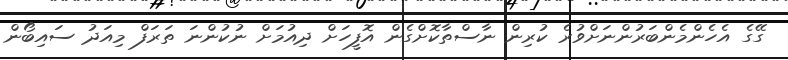
ގޭގެ އެހެންމެންބަރުންނަށްވުރެ ކުރިން ނާސްތާކޮށްގެން އޮފީހަށް ދިއުމަށް ނުކުންނަ ތަރަފް މިއަދު ސައިބޯން